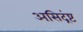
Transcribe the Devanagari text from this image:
असिद्रंष्ट